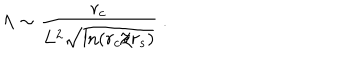
\Lambda \sim \frac { r _ { c } } { L ^ { 2 } \sqrt { \ln ( r _ { c } / r _ { s } ) } } \ .